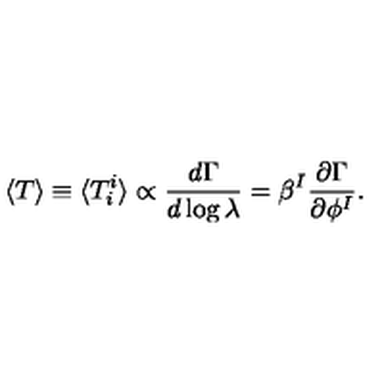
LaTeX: \langle T \rangle \equiv \langle T _ { i } ^ { i } \rangle \propto { \frac { d \Gamma } { d \log \lambda } } = \beta ^ { I } { \frac { \partial \Gamma } { \partial \phi ^ { I } } } .